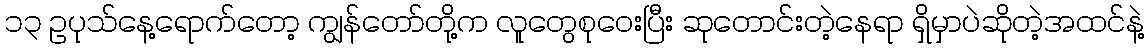
၁၃ ဥပုသ်နေ့ရောက်တော့ ကျွန်တော်တို့က လူတွေစုဝေးပြီး ဆုတောင်းတဲ့နေရာ ရှိမှာပဲဆိုတဲ့အထင်နဲ့